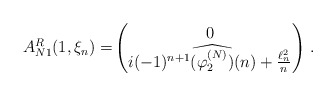
\begin{align*}A_{N1}^R(1,\xi_n)=& \begin{pmatrix}0 \\ i(-1)^{n+1}\widehat{(\varphi_2^{(N)})}(n) + \frac{\ell^2_n }{n}\end{pmatrix} \, .\end{align*}